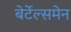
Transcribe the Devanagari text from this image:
बेर्टेल्समेन